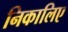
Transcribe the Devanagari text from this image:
निकालिए